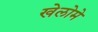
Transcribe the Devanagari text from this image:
खेलोमे